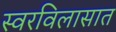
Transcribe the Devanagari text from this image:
स्वरविलासात